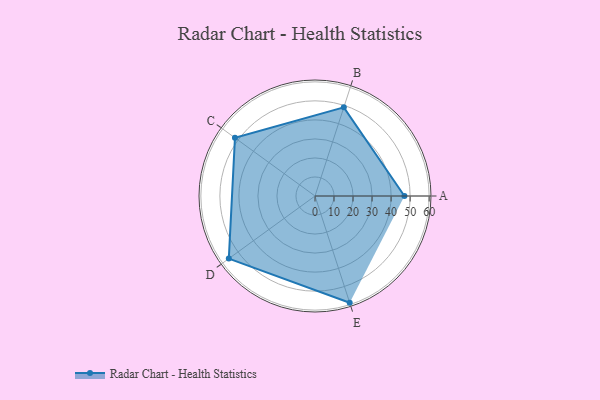
{"axis": {"x": "Skill", "y": "Score"}, "legend": ["Profile"], "data": [{"x": "A", "y": 47.0, "type": "Profile"}, {"x": "B", "y": 49.0, "type": "Profile"}, {"x": "C", "y": 52.0, "type": "Profile"}, {"x": "D", "y": 56.0, "type": "Profile"}, {"x": "E", "y": 59.0, "type": "Profile"}]}